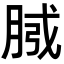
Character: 𭨴